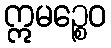
ဣမဉ္စေဝ